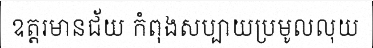
ឧត្តរមានជ័យ កំពុងសប្បាយប្រមូលលុយ